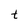
Character: t